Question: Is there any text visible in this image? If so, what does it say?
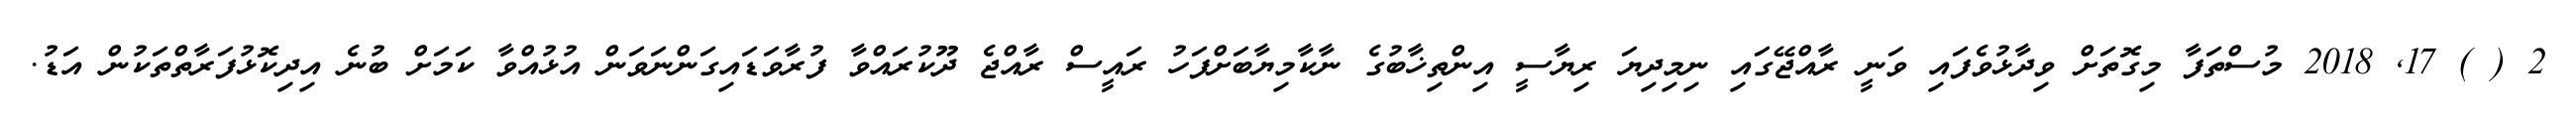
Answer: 2 ( ) 17, 2018 މުސްތަފާ މިގޮތަށް ވިދާޅުވެފައި ވަނީ ރާއްޖޭގައި ނިމިދިޔަ ރިޔާސީ އިންތިޚާބުގެ ނާކާމިޔާބަށްފަހު ރައީސް ރާއްޖެ ދޫކުރައްވާ ފުރާވަޑައިގަންނަވަން އުޅުއްވާ ކަމަށް ބުނެ އިދިކޮޅުފަރާތްތަކުން އަޑު.